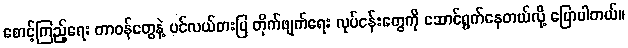
စောင့်ကြည့်ရေး တာဝန်တွေနဲ့ ပင်လယ်ဓားပြ တိုက်ဖျက်ရေး လုပ်ငန်းတွေကို ဆောင်ရွက်နေတယ်လို့ ပြောပါတယ်။